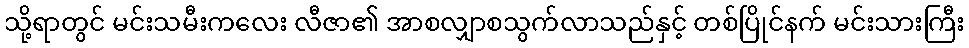
သို့ရာတွင် မင်းသမီးကလေး လီဇာ၏ အာစလျှာစသွက်လာသည်နှင့် တစ်ပြိုင်နက် မင်းသားကြီး